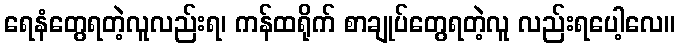
ရေနံတွေရတဲ့လူလည်းရ၊ ကန်ထရိုက် စာချုပ်တွေရတဲ့လူ လည်းရပေါ့လေ။